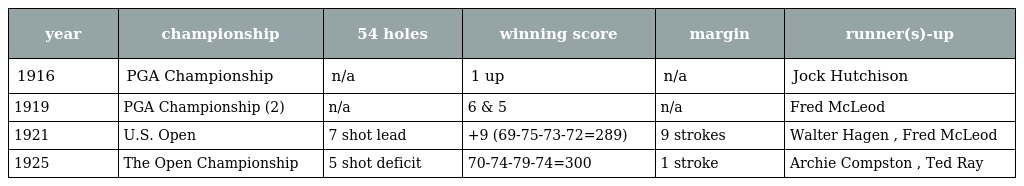
| year | championship | 54 holes | winning score | margin | runner(s)-up |
 | --- | --- | --- | --- | --- | --- |
 | 1916 | PGA Championship | n/a | 1 up | n/a | Jock Hutchison |
 | 1919 | PGA Championship (2) | n/a | 6 & 5 | n/a | Fred McLeod |
 | 1921 | U.S. Open | 7 shot lead | +9 (69-75-73-72=289) | 9 strokes | Walter Hagen , Fred McLeod |
 | 1925 | The Open Championship | 5 shot deficit | 70-74-79-74=300 | 1 stroke | Archie Compston , Ted Ray |